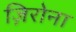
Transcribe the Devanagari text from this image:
ज़िरोना